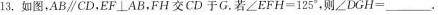
13.如图,AB\parallel CD，EF\bot AB，FH交CD 于G.若$$∠ E F H = 1 2 5 °$$,则$$∠ D G H = ___$$.